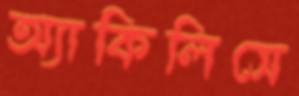
অ্যাকিলিসে